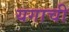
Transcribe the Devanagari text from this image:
यगाची